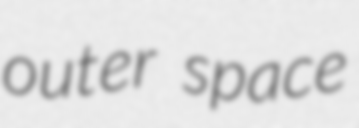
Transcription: outer space